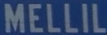
MELLIL